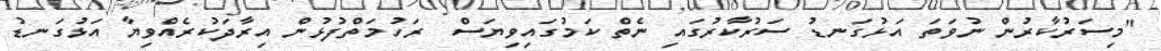
"މިސަރުކާރުން ނުވަތަ އަޅުގަނޑު ސަރުކާރުގައި ނެތް ކަމުގައިވިޔަސް  ރަހުމަތްފުޅުން އިރާދަކުރެއްވިޔާ އަޅުގަނޑު